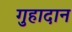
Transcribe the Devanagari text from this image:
गुहादान